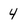
Character: 4